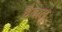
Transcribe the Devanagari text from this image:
दैवात्‌